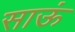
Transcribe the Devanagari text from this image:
साऊं